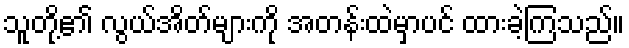
သူတို့၏ လွယ်အိတ်များကို အတန်းထဲမှာပင် ထားခဲ့ကြသည်။